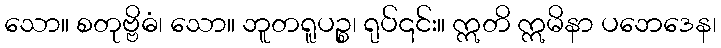
သော။ စတုဗ္ဗိဓံ၊ သော။ ဘူတရူပဉ္စ၊ ရုပ်၎င်း။ ဣတိ ဣမိနာ ပဘေဒေန၊